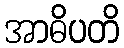
အာဓိပတိ